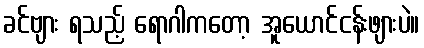
ခင်ဗျား ရသည့် ရောဂါကတော့ အူယောင်ငန်းဖျားပဲ။